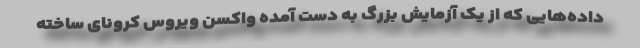
داده‌هایی که از یک آزمایش بزرگ به دست آمده واکسن ویروس کرونای ساخته